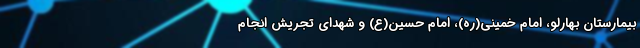
بیمارستان بهارلو، امام خمینی(ره)، امام حسین(ع) و شهدای تجریش انجام